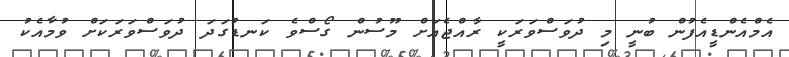
އެމްއެންޑީއެފުން ބުނީ މި ދުވަސްވަރަކީ ރާއްޖެއަށް މޫސުން ގޯސްވެ ކަނޑުގަދަ ދުވަސްވަރަކަށް ވުމާއެކު